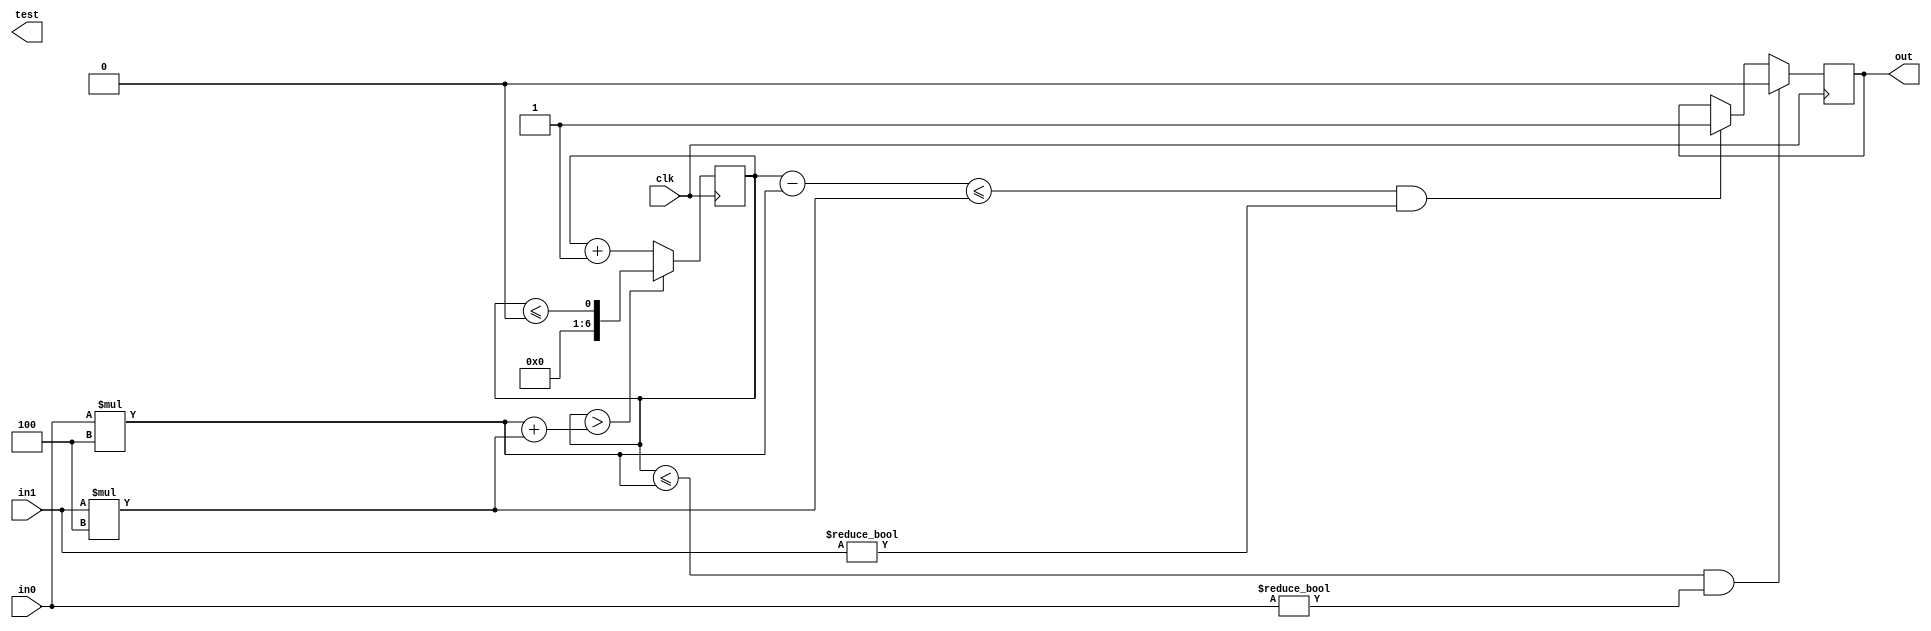
module shim (in0,in1,clk,out,test); //   
	input[3:0] in0, in1;
	input clk;

	output out;
	output reg test;
	wire [5:0] in0_0;
	wire [5:0] in1_0;
	assign in0_0 = in0*4;
	assign in1_0 = in1*4;
	reg out;
	
	reg[6:0] counter;

	always@(posedge clk)
	begin
	
		
		if((counter<=in0_0) && in0!=4'b0000)
			begin
				out <= 1'b0;
			end
			
		else if(((counter-in0_0)<=in1_0) && in1!=4'b0000)
			begin
				out <= 1'b1;
			end
		/*else 
			begin
			counter<=7'b0000000;
			test<=1'b1;
			end*/
			//test<=1'b0;
		counter<=(counter>in0_0+in1_0)?(counter<=0):(counter+1'b1);
	end
	/*always@(posedge clk)
	begin
		if (counter > in0_0+in1_0) counter <= 7'b0000000;
		else counter<=counter+1'b1;
	end*/

endmodule